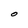
Character: O